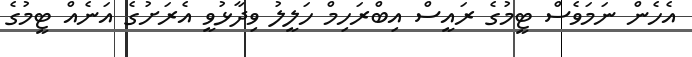
އެހެން ނަމަވެސް ޓީމުގެ ރައީސް އިބްރަހިމް ހަލީލު ވިދާޅުވީ އެރަށުގެ އަނެއް ޓީމުގެ